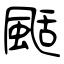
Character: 颳